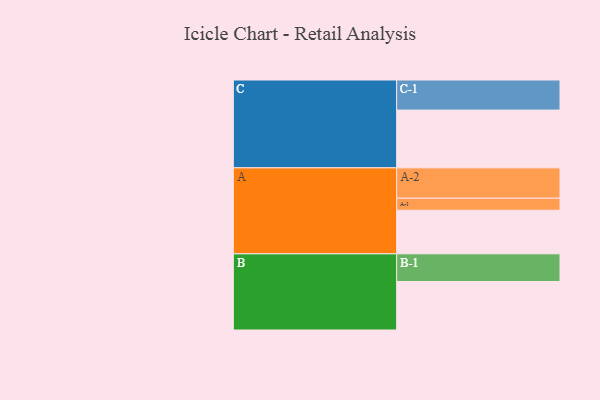
{"axis": {"x": "Segment", "y": "Value"}, "legend": ["", "A", "B", "C"], "data": [{"x": "A", "y": 391, "type": ""}, {"x": "B", "y": 435, "type": ""}, {"x": "C", "y": 518, "type": ""}, {"x": "A-1", "y": 108, "type": "A"}, {"x": "A-2", "y": 272, "type": "A"}, {"x": "B-1", "y": 248, "type": "B"}, {"x": "C-1", "y": 270, "type": "C"}]}